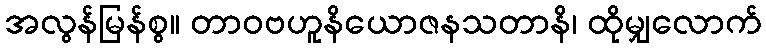
အလွန်မြန်စွ။ တာဝဗဟူနိယောဇနသတာနိ၊ ထိုမျှလောက်